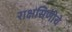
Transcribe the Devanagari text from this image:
राक्षसिणीचे